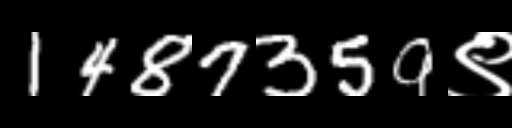
Text: 1487359९